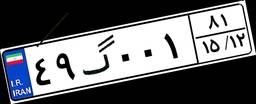
۲۱گ۴۲۷۶۸